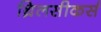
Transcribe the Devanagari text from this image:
थ्रिलसीकर्स